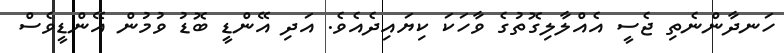
ހަނދާންނެތި ޖެސީ އެއްލާލިގޮތުގެ ވާހަކަ ކިޔައިދެއެވެ. އަދި އޭންޑީ ބޮޑު ވުމުން އޭންޑީވެސް